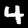
Digit: 4